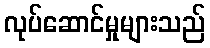
လုပ်ဆောင်မှုများသည်